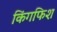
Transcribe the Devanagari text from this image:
किंगफिश